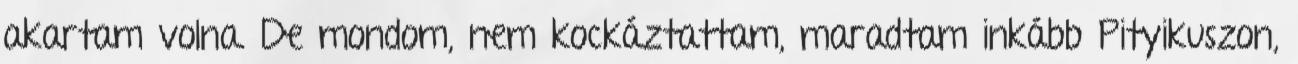
akartam volna. De mondom, nem kockáztattam, maradtam inkább Pityikuszon,